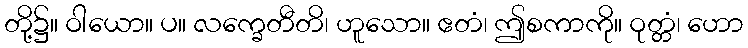
တို့၌။ ဝါယော။ ပ။ လက္ခေတီတိ၊ ဟူသော။ ဧတံ၊ ဤစကာကို။ ဝုတ္တံ၊ ဟော